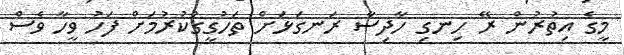
މީގެ އިތުރުން ރޭ ހިނގި ހާދިސާ ރަނގަޅަށް ތަހުގީގުކުރުމަށް ފަހު ވީހާ ވެސް